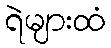
ရဲများထံ